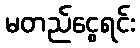
မတည်ငွေရင်း